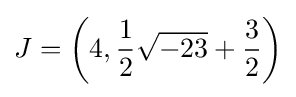
J=\left(4,{\frac {1}{2}}{\sqrt {-23}}+{\frac {3}{2}}\right)